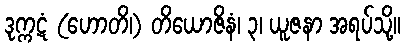
ဒုက္ကဋံ (ဟောတိ၊) တိယောဇိနံ၊ ၃၊ ယူဇနာ အရပ်သို့။